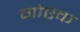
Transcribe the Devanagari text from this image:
गोएक